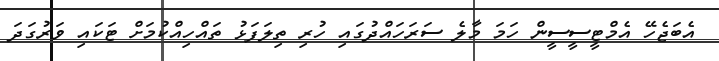
އެބަޖެހޭ އެމްޓީސީސީން ހަމަ މާލެ ސަރަހައްދުގައި ހުރި ތިލަފަޅު ތައްހިއްކުމަށް ޓަކައި ވަރުގަދަ